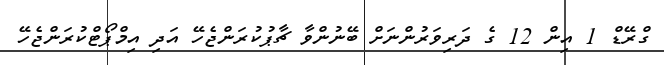
ގްރޭޑް 1 އިން 12 ގެ ދަރިވަރުންނަށް ބޭނުންވާ ޗާޕުކުރަންޖެހޭ އަދި އިމްޕޯޓްކުރަންޖެހޭ